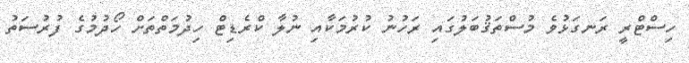
ހިސްޓްރީ ރަނގަޅުވެ މުސްތަޤުބަލުގައި ރަހުނު ކުރުމަކާއި ނުލާ ކްރެޑިޓް ހިދުމަތްތަށް ހޯދުމުގެ ފުރުސަތު